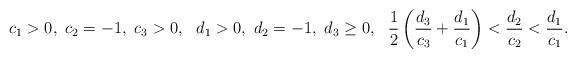
LaTeX: \begin{align*}c_1>0, \ c_2 = -1, \ c_3> 0, \ \ d_1>0, \ d_2= -1, \ d_3\geq0, \ \ \frac{1}{2} \left(\frac{d_3}{c_3}+\frac{d_1}{c_1}\right) < \frac{d_2}{c_2} < \frac{d_1}{c_1}.\end{align*}